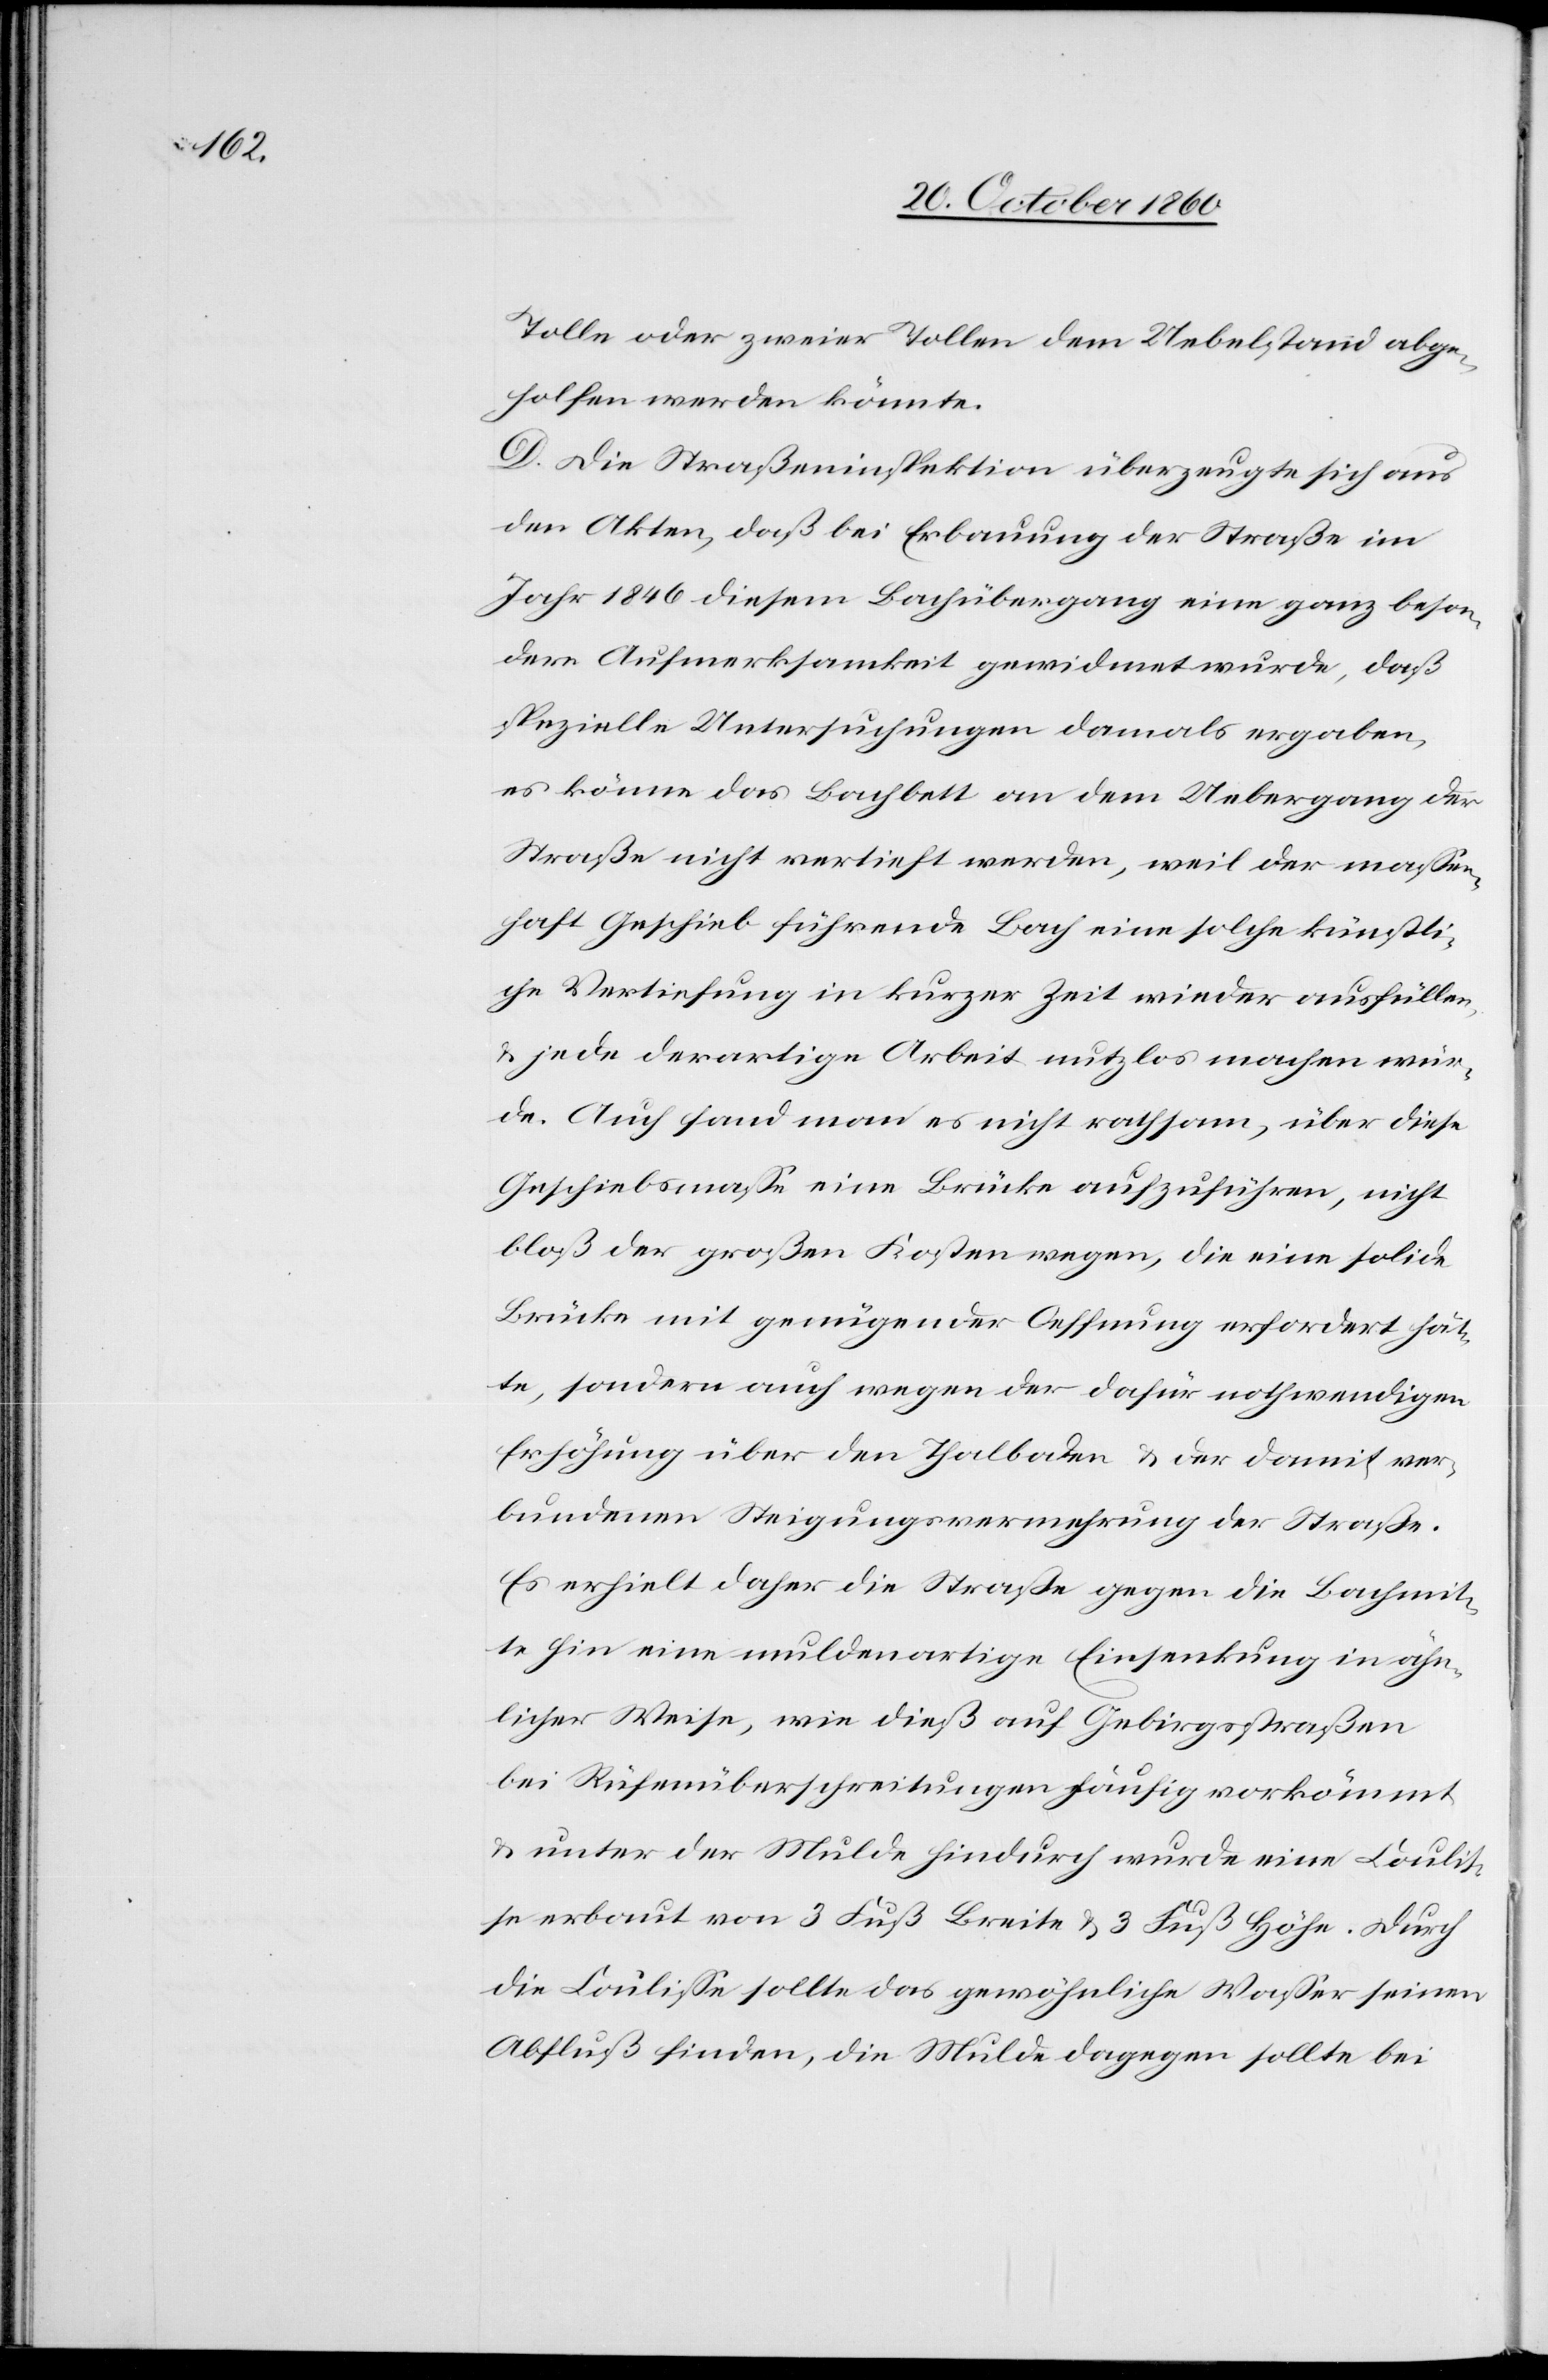
Tolle oder zweier Tollen dem Uebelstand abge¬
holfen werden könnte.
D. Die Straßeninspektion überzeugte sich aus
den Akten, daß bei Erbauung der Straße im
Jahr 1846 diesem Bachübergang eine ganz beson¬
dere Aufmerksamkeit gewidmet wurde, daß
spezielle Untersuchungen damals ergaben,
es könne das Bachbett an dem Uebergang der
Straße nicht vertieft werden, weil der maßen¬
haft Geschieb führende Bach eine solche künstli¬
che Vertiefung in kurzer Zeit wieder ausfüllen,
u. jede derartige Arbeit nutzlos machen wür¬
de. Auch fand man es nicht rathsam, über diese
Geschiebsmasse eine Brücke aufzuführen, nicht
bloß der großen Kosten wegen, die eine solide
Brücke mit genügender Oeffnung erfordert hät¬
te, sondern auch wegen der dafür nothwendigen
Erhöhung über den Thalboden u. der damit ver¬
bundenen Steigungsvermehrung der Straße.
Es erhielt daher die Straße gegen die Bachmit¬
te hin eine muldenartige Einsenkung in ähn¬
licher Weise, wie dieß auf Gebirgsstraßen
bei Reifenüberschreitungen häufig vorkömmt
u. unter der Mulde hindurch wurde eine Coulis¬
se erbaut von 3 Fuß Breite u. 3 Fuß Höhe. Durch
die Coulisse sollte das gewöhnliche Wasser seinen
Abfluß finden, die Mulde dagegen sollte bei